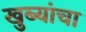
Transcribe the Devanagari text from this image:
खुब्यांचा